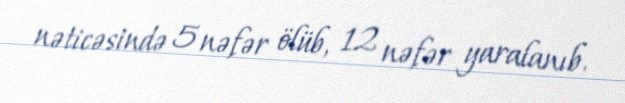
nəticəsində 5 nəfər ölüb, 12 nəfər yaralanıb.